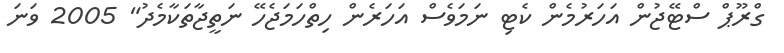
ގްރޫޕް ސްޓޭޖުން އަހަރުމެން ކެޓި ނަމަވެސް އަހަރެން ހިތްހަމަޖެހޭ ނަތީޖާތަކާމެދު" 2005 ވަނަ